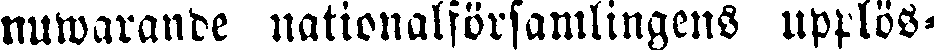
nuwarande nationalförsamlingens upplös-